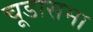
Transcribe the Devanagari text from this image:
चूडासमा